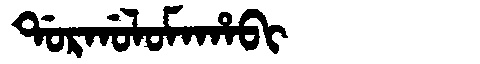
Manchu: ᡩᠣᡵᡤᠣᠯᠣᠮᠠᡥᠠᠪᡳ
Romanization: DORGOLOMAHABI